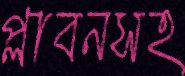
প্লাবনসহ